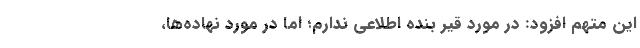
این متهم افزود: در مورد قیر بنده اطلاعی ندارم؛ اما در مورد نهاده‌ها،